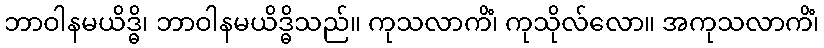
ဘာဝါနမယိဒ္ဓိ၊ ဘာဝါနမယိဒ္ဓိသည်။ ကုသလာကိံ၊ ကုသိုလ်လော။ အကုသလာကိံ၊